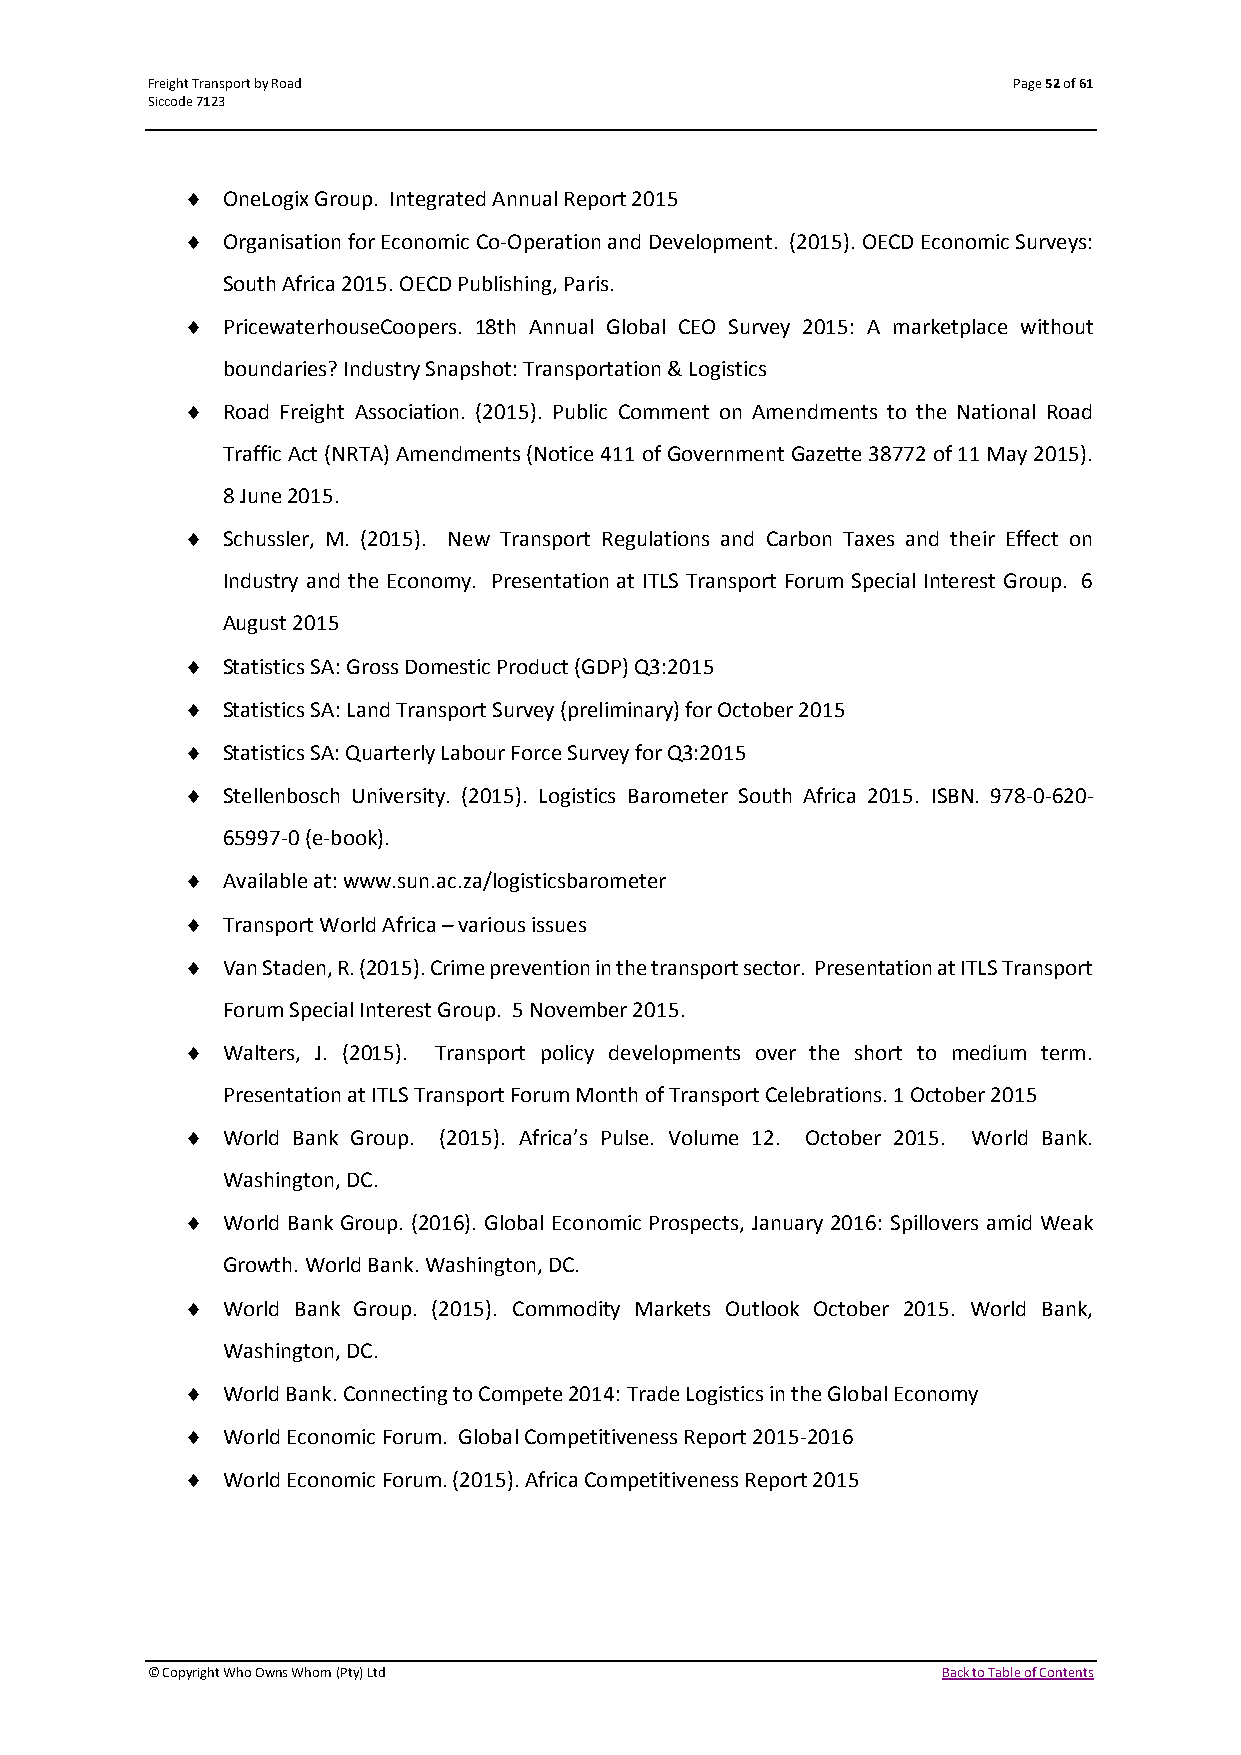
Freight Transport by Road                                Page 52 of 61
 Siccode 7123
   OneLogix Group. Integrated Annual Report 2015
   Organisation for Economic Co-Operation and Development. (2015). OECD Economic Surveys:
 South Africa 2015. OECD Publishing, Paris.
   PricewaterhouseCoopers. 18th Annual Global CEO Survey 2015: A marketplace without
 boundaries? Industry Snapshot: Transportation & Logistics
   Road Freight Association. (2015). Public Comment on Amendments to the National Road
 Traffic Act (NRTA) Amendments (Notice 411 of Government Gazette 38772 of 11 May 2015).
 8 June 2015.
   Schussler, M. (2015). New Transport Regulations and Carbon Taxes and their Effect on
 Industry and the Economy. Presentation at ITLS Transport Forum Special Interest Group. 6
 August 2015
   Statistics SA: Gross Domestic Product (GDP) Q3:2015
   Statistics SA: Land Transport Survey (preliminary) for October 2015
   Statistics SA: Quarterly Labour Force Survey for Q3:2015
   Stellenbosch University. (2015). Logistics Barometer South Africa 2015. ISBN. 978-0-620-
 65997-0 (e-book).
   Available at: www.sun.ac.za/logisticsbarometer
   Transport World Africa – various issues
   Van Staden, R. (2015). Crime prevention in the transport sector. Presentation at ITLS Transport
 Forum Special Interest Group. 5 November 2015.
   Walters, J. (2015). Transport policy developments over the short to medium term.
 Presentation at ITLS Transport Forum Month of Transport Celebrations. 1 October 2015
   World Bank Group. (2015). Africa’s Pulse. Volume 12. October 2015. World Bank.
 Washington, DC.
   World Bank Group. (2016). Global Economic Prospects, January 2016: Spillovers amid Weak
 Growth. World Bank. Washington, DC.
   World Bank Group. (2015). Commodity Markets Outlook October 2015. World Bank,
 Washington, DC.
   World Bank. Connecting to Compete 2014: Trade Logistics in the Global Economy
   World Economic Forum. Global Competitiveness Report 2015-2016
   World Economic Forum. (2015). Africa Competitiveness Report 2015
 © Copyright Who Owns Whom (Pty) Ltd                 Back to Table of Contents